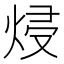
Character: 𭴵